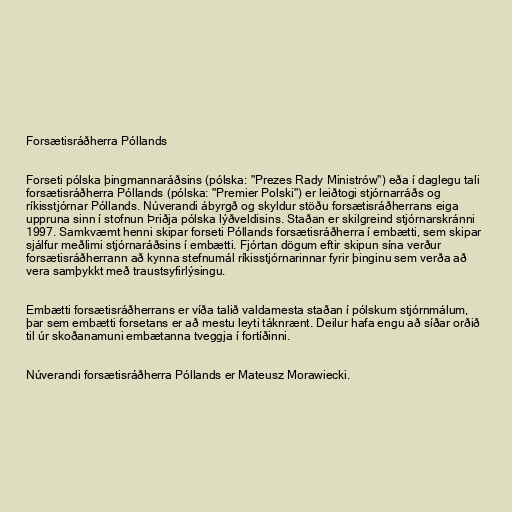
Forsætisráðherra Póllands

Forseti pólska þingmannaráðsins (pólska: "Prezes Rady Ministrów") eða í daglegu tali
forsætisráðherra Póllands (pólska: "Premier Polski") er leiðtogi stjórnarráðs og
ríkisstjórnar Póllands. Núverandi ábyrgð og skyldur stöðu forsætisráðherrans eiga
uppruna sinn í stofnun Þriðja pólska lýðveldisins. Staðan er skilgreind stjórnarskránni
1997. Samkvæmt henni skipar forseti Póllands forsætisráðherra í embætti, sem skipar
sjálfur meðlimi stjórnaráðsins í embætti. Fjórtan dögum eftir skipun sína verður
forsætisráðherrann að kynna stefnumál ríkisstjórnarinnar fyrir þinginu sem verða að
vera samþykkt með traustsyfirlýsingu.

Embætti forsætisráðherrans er víða talið valdamesta staðan í pólskum stjórnmálum,
þar sem embætti forsetans er að mestu leyti táknrænt. Deilur hafa engu að síðar orðið
til úr skoðanamuni embætanna tveggja í fortíðinni.

Núverandi forsætisráðherra Póllands er Mateusz Morawiecki.